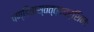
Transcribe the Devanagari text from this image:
पण्डितास्तत्त्वदर्शिनः